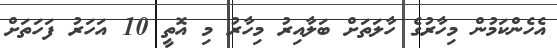
އެހެންކަމުން މިހާރުގެ ހާލަތަށް ބަލާއިރު މިހާރު މި އޮތީ 10 އަހަރު ފަހަތަށް